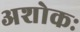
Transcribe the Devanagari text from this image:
अशोकः